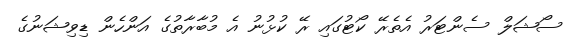
ސޯޝަލް ސެންޓަރު އެތެރޭ ކޯޓުގައި ރޭ ކުޅުނު އެ މުބާރާތުގެ އަންހެން ޑިވިޝަނުގެ